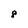
Character: 8